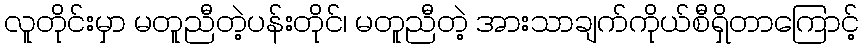
လူတိုင်းမှာ မတူညီတဲ့ပန်းတိုင်၊ မတူညီတဲ့ အားသာချက်ကိုယ်စီရှိတာကြောင့်